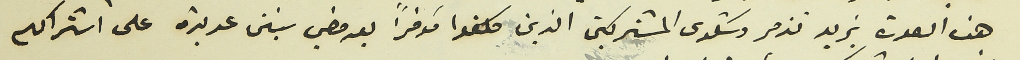
هذه الصورة يزيد تزمر وشكوى المشتركين الذين عكفوا مؤخراً بعد مضي سنين عديدة على اشتراكهم